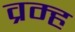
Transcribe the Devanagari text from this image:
व्रम्ह